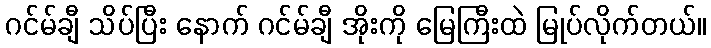
ဂင်မ်ချီ သိပ်ပြီး နောက် ဂင်မ်ချီ အိုးကို မြေကြီးထဲ မြုပ်လိုက်တယ်။